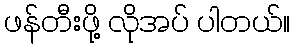
ဖန်တီးဖို့ လိုအပ် ပါတယ်။